65_HS1-834228961_62-HQ-83894_Section_6
Agency: FBI
Page 129
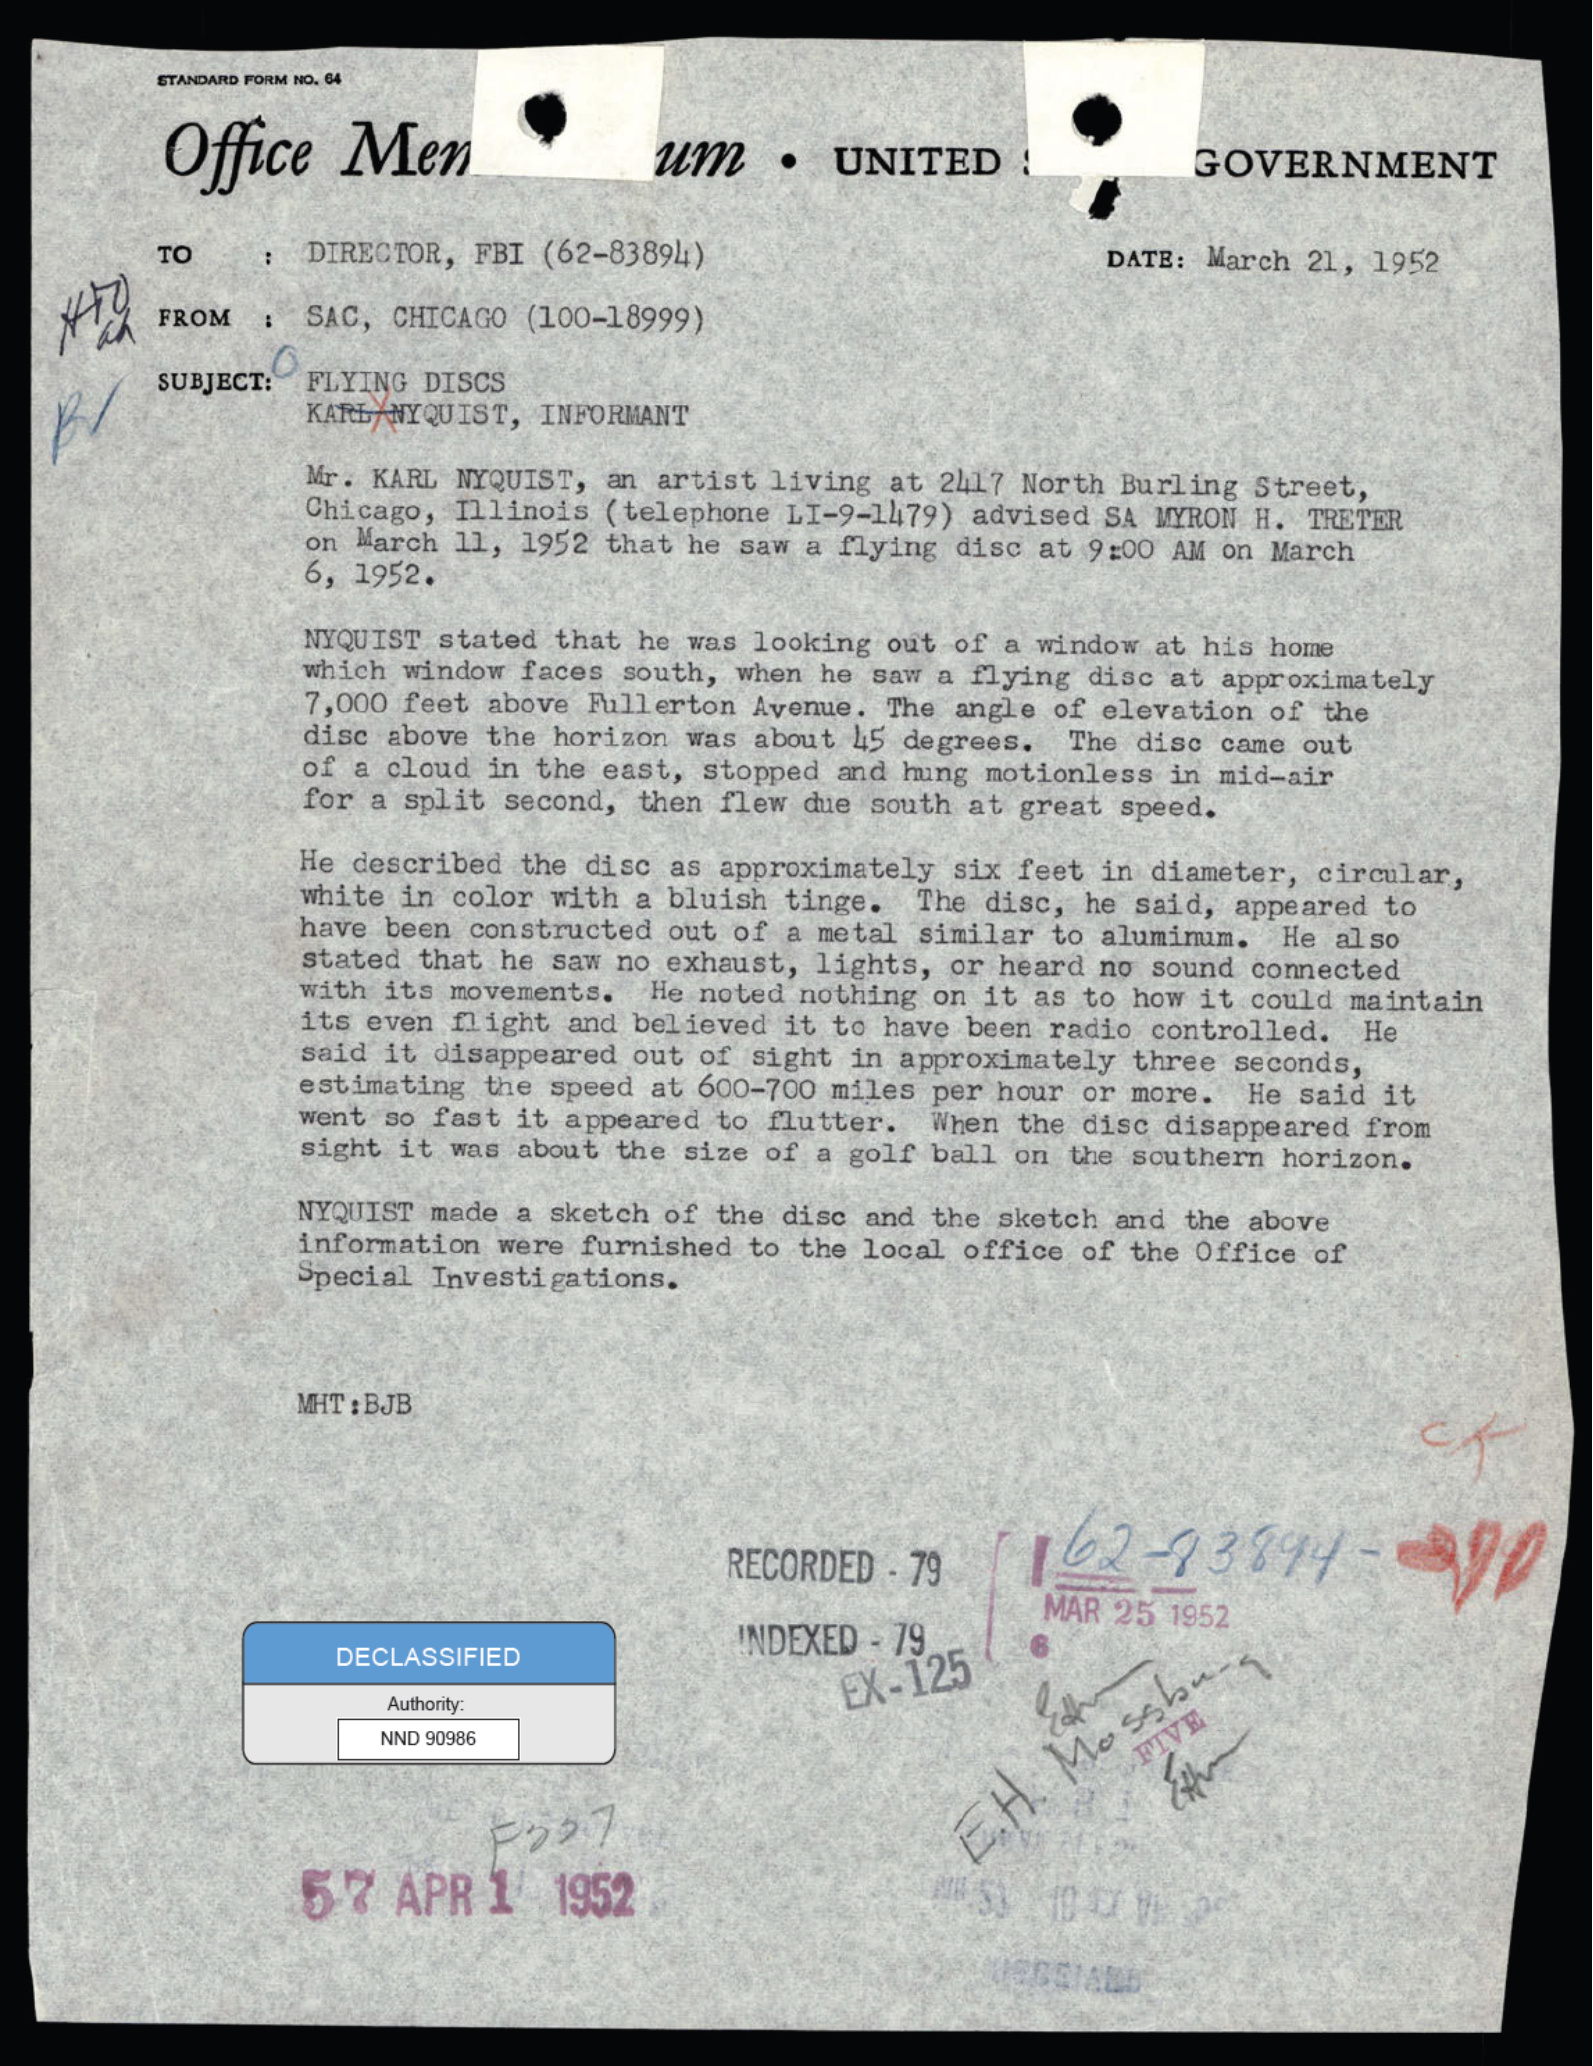